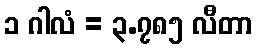
၁ ဂါလံ = ၃.၇၈၅ လီတာ